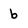
Character: b